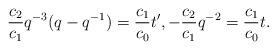
LaTeX: \begin{align*}\frac{c_{2}}{c_{1}} q^{-3} (q - q^{-1}) =\frac{c_{1}}{c_{0}} t^{\prime}, - \frac{c_{2}}{c_{1}} q^{-2}=\frac{c_{1}}{c_{0}} t.\end{align*}